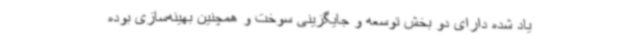
یاد شده دارای دو بخش توسعه و جایگزینی سوخت و همچنین بهینه‌سازی بوده